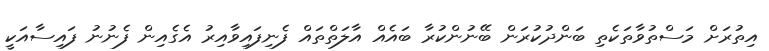
އިތުރަށް މަސްތުވާތަކެތި ބަންދުކުރަން ބޭނުންކުރާ ބައެއް އާލަތްތައްް ފެނިފައިވާއިރު އެގެއިން ފެނުނު ފައިސާއަކީ